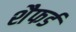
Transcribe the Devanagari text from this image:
शैफर्ड